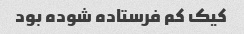
کیک کم فرستاده شوده بود